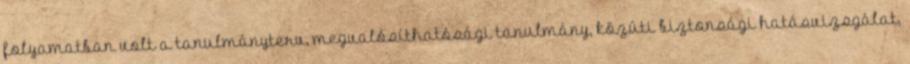
folyamatban volt a tanulmányterv, megvalósíthatósági tanulmány, közúti biztonsági hatásvizsgálat,